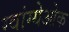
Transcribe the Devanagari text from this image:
ग्वांग्येओक